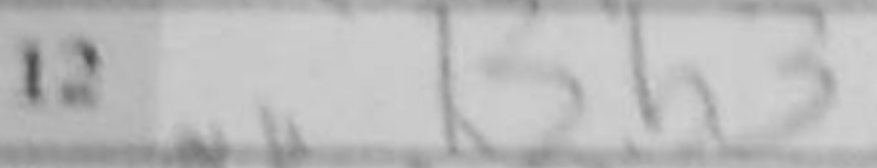
Transcription: Bb3